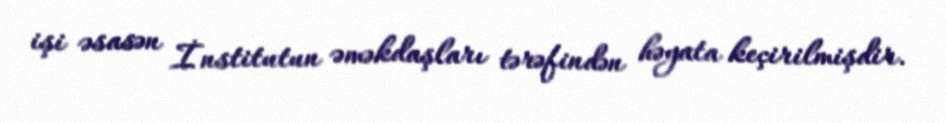
işi əsasən İnstitutun əməkdaşları tərəfindən həyata keçirilmişdir.